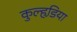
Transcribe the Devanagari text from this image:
कुल्हडि़या